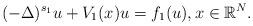
LaTeX: \begin{align*}(-\Delta)^{s_{1}}u+V_{1}(x)u=f_{1}(u), x\in\mathbb{R}^{N}.\end{align*}